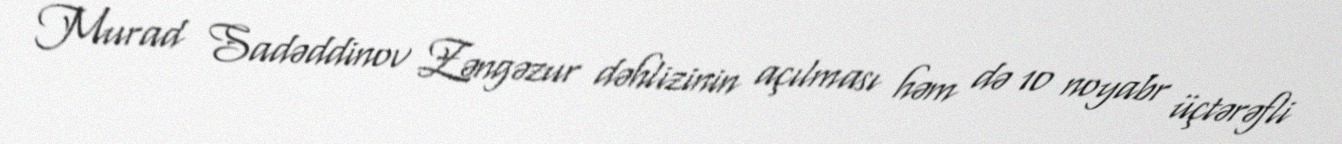
Murad Sadəddinov Zəngəzur dəhlizinin açılması həm də 10 noyabr üçtərəfli